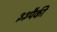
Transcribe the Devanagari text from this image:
३३पैकी